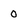
Character: 0